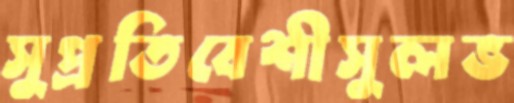
সুপ্রতিবেশীসুলভ